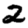
Digit: 2